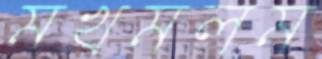
মখমলম